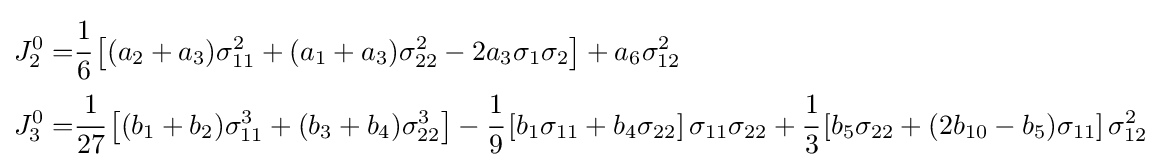
{\begin{aligned}J_{2}^{0}=&{\cfrac {1}{6}}\left[(a_{2}+a_{3})\sigma _{11}^{2}+(a_{1}+a_{3})\sigma _{22}^{2}-2a_{3}\sigma _{1}\sigma _{2}\right]+a_{6}\sigma _{12}^{2}\\J_{3}^{0}=&{\cfrac {1}{27}}\left[(b_{1}+b_{2})\sigma _{11}^{3}+(b_{3}+b_{4})\sigma _{22}^{3}\right]-{\cfrac {1}{9}}\left[b_{1}\sigma _{11}+b_{4}\sigma _{22}\right]\sigma _{11}\sigma _{22}+{\cfrac {1}{3}}\left[b_{5}\sigma _{22}+(2b_{10}-b_{5})\sigma _{11}\right]\sigma _{12}^{2}\end{aligned}}